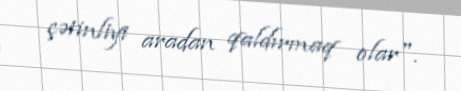
çətinliyi aradan qaldırmaq olar".